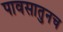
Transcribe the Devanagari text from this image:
पावसातुनच